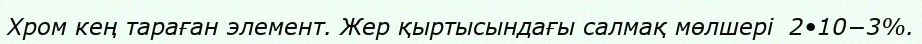
Хром кең тараған элемент. Жер қыртысындағы салмақ мөлшері  2•10−3%.